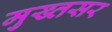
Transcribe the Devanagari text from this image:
मुख्तसर